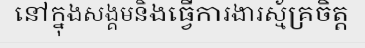
នៅក្នុងសង្គមនិងធ្វើការងារស្ម័គ្រចិត្ត